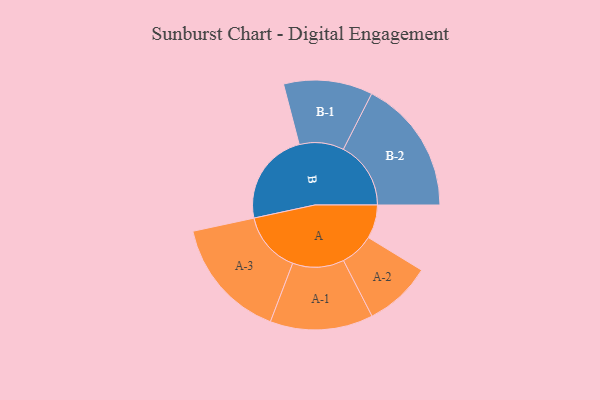
{"axis": {"x": "Segment", "y": "Value"}, "legend": ["", "A", "B"], "data": [{"x": "A", "y": 145, "type": ""}, {"x": "B", "y": 404, "type": ""}, {"x": "A-1", "y": 222, "type": "A"}, {"x": "A-2", "y": 145, "type": "A"}, {"x": "A-3", "y": 263, "type": "A"}, {"x": "B-1", "y": 192, "type": "B"}, {"x": "B-2", "y": 291, "type": "B"}]}